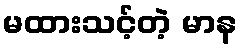
မထားသင့်တဲ့ မာန